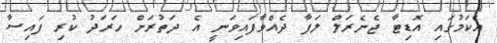
އެކަމުގައި އޮޑިޓާ ޖެނެރަލް ލަފާ ދެއްވާފައިވަނީ އެ ދަތުރަށް ހަރަދު ކުރި ފައިސާ